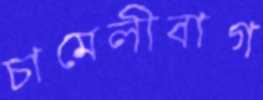
চামেলীবাগ